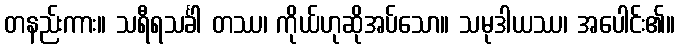
တနည်းကား။ သရီရသင်္ခါ တဿ၊ ကိုယ်ဟုဆိုအပ်သော။ သမုဒါယဿ၊ အပေါင်း၏။